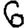
Digit: 6